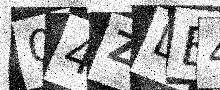
Text: 04ZLE4